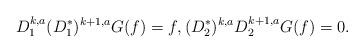
LaTeX: \begin{align*}D_{1}^{k,a} (D_{1}^{*})^{k+1,a} G(f) = f, (D_{2}^{*})^{k,a} D_{2}^{k+1,a} G(f) = 0.\end{align*}